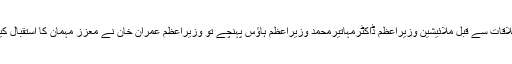
ملاقات سے قبل ملائیشین وزیراعظم ڈاکٹرمہاتیرمحمد وزیراعظم ہاؤس پہنچے تو وزیراعظم عمران خان نے معزز مہمان کا استقبال کیا۔